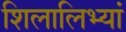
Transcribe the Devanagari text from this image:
शिलालिभ्यां